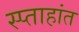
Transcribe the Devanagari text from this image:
स्प्ताहांत